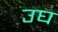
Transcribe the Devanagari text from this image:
उघ